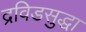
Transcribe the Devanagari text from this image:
द्रविडसुद्धा